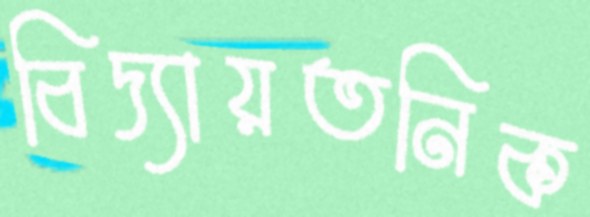
বিদ্যায়তনিক